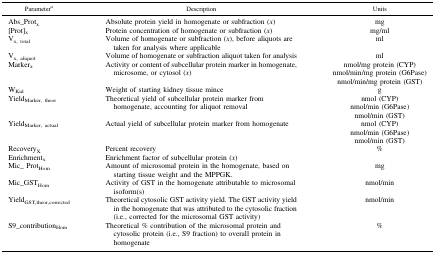
<table><thead><tr><td><b>Parameter<i><sup>a</sup></i></b></td><td><b>Description</b></td><td><b>Units</b></td></tr></thead><tbody><tr><td>Abs_Prot<sub>x</sub></td><td>Absolute protein yield in homogenate or subfraction (<i>x</i>)</td><td>mg</td></tr><tr><td>[Prot]<sub>x</sub></td><td>Protein concentration of homogenate or subfraction (<i>x</i>)</td><td>mg/ml</td></tr><tr><td>V<sub>x, total</sub></td><td>Volume of homogenate or subfraction (<i>x</i>), before aliquots are taken for analysis where applicable</td><td>ml</td></tr><tr><td>V<sub>x, aliquot</sub></td><td>Volume of homogenate or subfraction aliquot taken for analysis</td><td>ml</td></tr><tr><td rowspan="3">Marker<sub>x</sub></td><td rowspan="3">Activity or content of subcellular protein marker in homogenate, microsome, or cytosol (<i>x</i>)</td><td>nmol/mg protein (CYP)</td></tr><tr><td>nmol/min/mg protein (G6Pase)</td></tr><tr><td>nmol/min/mg protein (GST)</td></tr><tr><td>W<sub>Kid</sub></td><td>Weight of starting kidney tissue mince</td><td>g</td></tr><tr><td rowspan="3">Yield<sub>Marker, theor</sub></td><td rowspan="3">Theoretical yield of subcellular protein marker from homogenate, accounting for aliquot removal</td><td>nmol (CYP)</td></tr><tr><td>nmol/min (G6Pase)</td></tr><tr><td>nmol/min (GST)</td></tr><tr><td rowspan="3">Yield<sub>Marker, actual</sub></td><td rowspan="3">Actual yield of subcellular protein marker from homogenate</td><td>nmol (CYP)</td></tr><tr><td>nmol/min (G6Pase)</td></tr><tr><td>nmol/min (GST)</td></tr><tr><td>Recovery<sub>X</sub></td><td>Percent recovery</td><td>%</td></tr><tr><td>Enrichment<sub>x</sub></td><td>Enrichment factor of subcellular protein (<i>x</i>)</td><td></td></tr><tr><td>Mic_ Prot<sub>Hom</sub></td><td>Amount of microsomal protein in the homogenate, based on starting tissue weight and the MPPGK.</td><td>mg</td></tr><tr><td>Mic_GST<sub>Hom</sub></td><td>Activity of GST in the homogenate attributable to microsomal isoform(s)</td><td>nmol/min</td></tr><tr><td>Yield<sub>GST,theor,corrected</sub></td><td>Theoretical cytosolic GST activity yield. The GST activity yield in the homogenate that was attributed to the cytosolic fraction (i.e., corrected for the microsomal GST activity)</td><td>nmol/min</td></tr><tr><td>S9_contribution<sub>Hom</sub></td><td>Theoretical % contribution of the microsomal protein and cytosolic protein (i.e., S9 fraction) to overall protein in homogenate</td><td>%</td></tr></tbody></table>